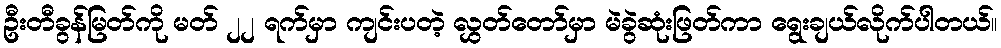
ဦးတီခွန်မြတ်ကို မတ် ၂၂ ရက်မှာ ကျင်းပတဲ့ လွှတ်တော်မှာ မဲခွဲဆုံးဖြတ်ကာ ရွေးချယ်လိုက်ပါတယ်။